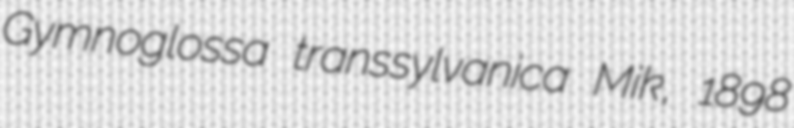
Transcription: Gymnoglossa transsylvanica Mik, 1898